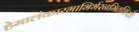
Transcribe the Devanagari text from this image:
हेमालंकारभाभिर्भरनमितशिखैः